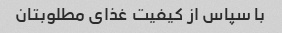
با سپاس از کیفیت غذای مطلوبتان